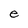
Character: e